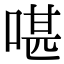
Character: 啿